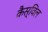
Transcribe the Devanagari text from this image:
कैस्विल